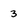
Character: 3